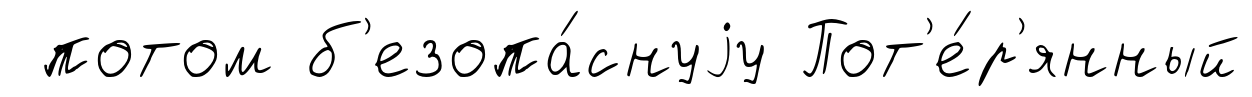
потом б'езопа́снуjу Пот'е́р'янный